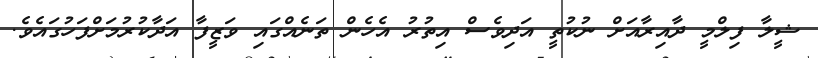
ޝީލާ ފިލްމީ ދާއިރާއަށް ނުކުތީ އަދިވެސް އިތުރު އެހެން ތަނެއްގައި ވަޒީފާ އަދާކުރުމަށްފަހުގައެވެ.